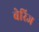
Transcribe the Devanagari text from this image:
बेरिज